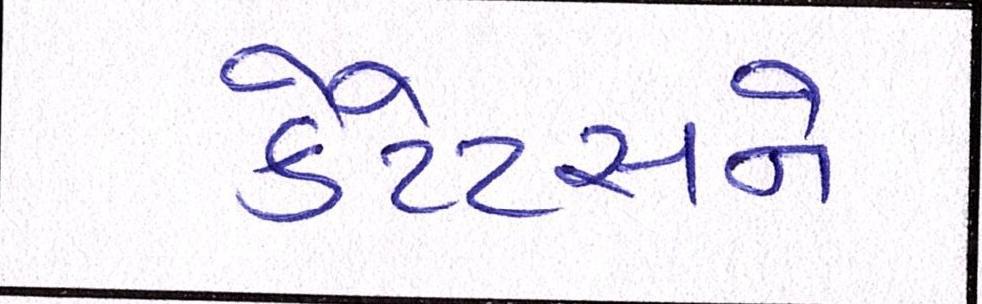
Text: કેટેટસને